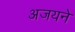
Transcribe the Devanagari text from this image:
अजयने